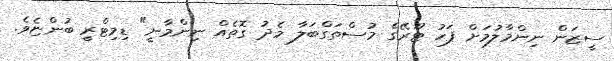
ސީޒަން ނިންމާލުމަށް ފަހު ޓޫރޭގެ މުސްތަގްބަލާ މެދު ގޮތެއް ނިންމާނީ" ޑިމިޓްރީ ބުންޏެވެ.